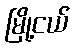
မြို့ငယ်